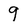
Character: 9